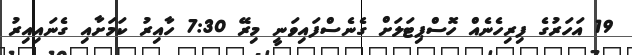
19 އަހަރުގެ ފިރިހެނެއް ހޮސްޕިޓަލަށް ގެނެސްފައިވަނީ މިރޭ 7:30 ހާއިރު ކަމަށާއި ގެނައިއިރު